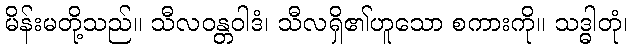
မိန်းမတို့သည်။ သီလဝန္တဝါဒံ၊ သီလရှိ၏ဟူသော စကားကို။ သဒ္ဓါတုံ၊